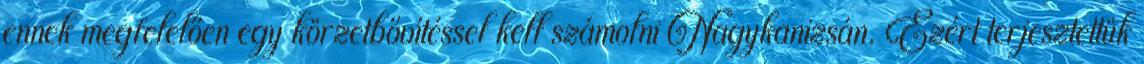
ennek megfelelően egy körzetbővítéssel kell számolni Nagykanizsán. Ezért terjesztettük